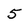
Character: 5